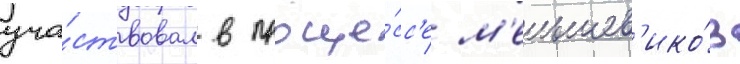
уча́ствовал в проце́сс'е м'еньшев'ико́в